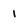
Character: 1